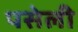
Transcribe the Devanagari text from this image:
पसेली